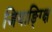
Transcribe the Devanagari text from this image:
जियाङ्ग्क्षि